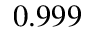
0 . 9 9 9